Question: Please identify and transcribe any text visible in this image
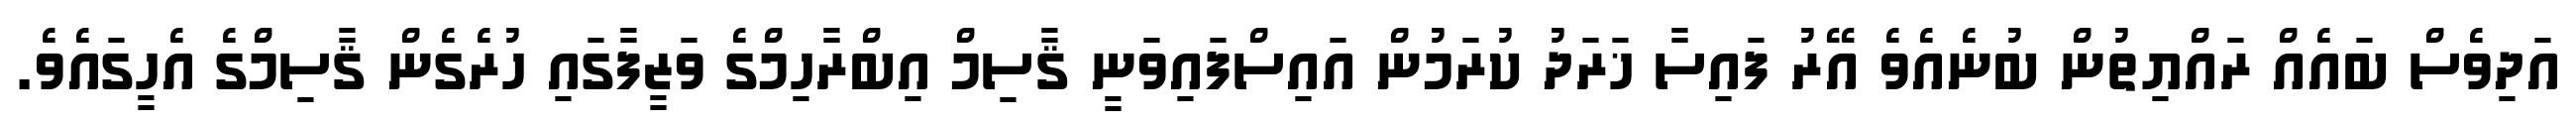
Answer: އަދިވެސް ބައެއް ރައްޔިތުން ބުނެއެވެ އޭރު ފައިސާ ޚަރަދު ކުރަމުން އައިސްފައިވަނީ ޤާސިމް އިބްރާހިމްގެ ވަޒީފާގައި ހުރެގެން ޤާސިމްގެ އެހީގައެވެ.